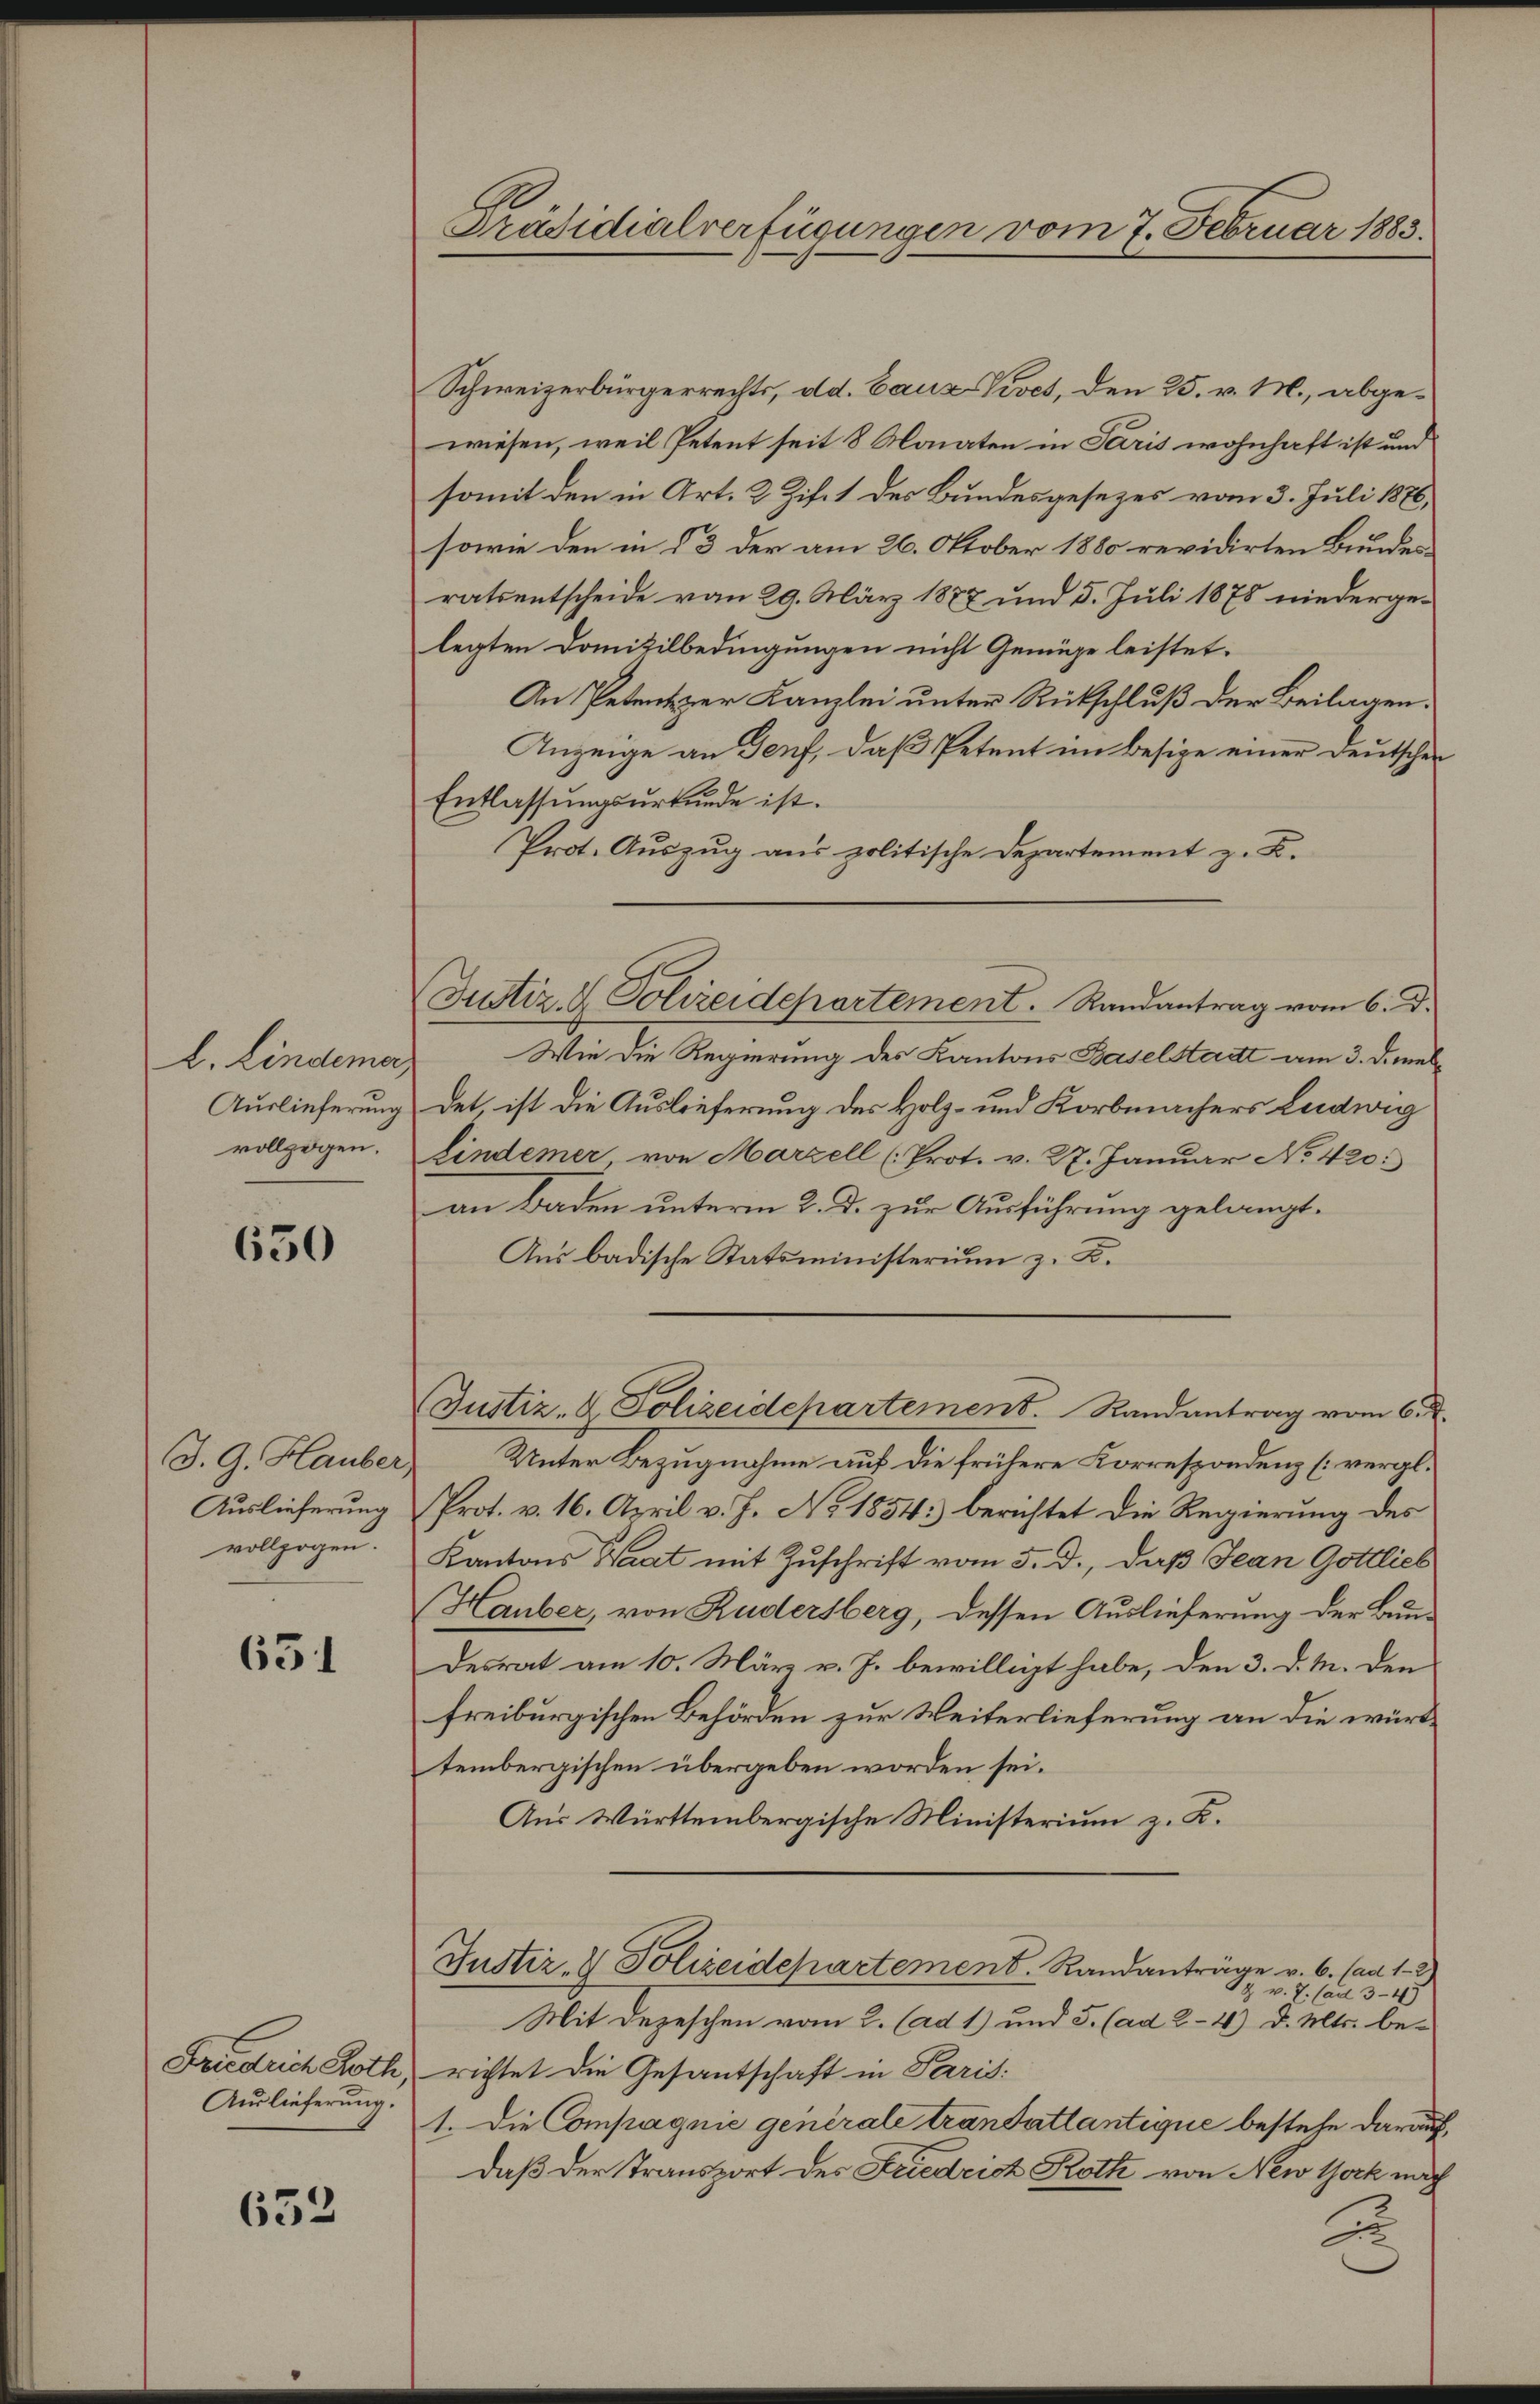
b. Lindema,
Auslieferung
vollzogen.

650

J. G. Hauber,
Auslieferung
vollzogen.

631

Friedrich Roth
Auslieferung.

632

Präsidialverfügungen vom 7. Februar 1883.

Schweizerbürgerrechts, dd. Bauz-Kivet, den 25. v. M., abgewiesen, weil Petent seit 8 Monaten in Paris wohnhaft ist und
somit den in Art. 2 Zif. 1 des Bundesgesezes vom 3. Juli 1876,
sowie den in § 3 der am 26. Oktober 1880 revidirten Bundesratsentscheide vom 29. März 1887 und 5. Juli 1878 niedergelegten Domizilbedingungen nicht Genüge leistet.
An Petentzer Kanzlei unter Rückschluß der Beilagen:
Anzeige an Genf, daß Petent im besige einer Deutscher
Entlassŭngsurkunde ist.
Prot. Auszug aus politische Departement z. B.
Wie die Regierung des Kantons Baselstadt am 3. Demeldet ist die Auslieferung des Holz- und Korbmachers Ludwig
lindemer von Marzell (Prot. v. 27. Januar No 420.
an Baden unterm 2. d. zur Ausführung gelangt.
Aus badische Statsministerium z. B.
Justiz- & Polizeidchartement. Randantrag vom 6.
Unter Bezugnahme auf die frühere Korrespondenz [vergl.
Prot. v. 16. April v. J. No. 1854: berichtet die Regierung des
Kantons Waat mit Zuschrift vom 5. d., daß Jean Gottlieb
Hauber, von Rudersberg, dessen Auslieferung der Bun
desrat am 10. März v. J. bewilligt habe, den 3. d. M. den
freiburgischen Behörden zur Weiterlieferung an die württembergischen übergeben worden sei.
Aus Württembergische Ministerium z. R.
Justiz- & Polizeidepartement. Randanträge v. 6. (ad 1. 2.
g v. 7. (ad 3-4
Mit Depeschen vom 2. (ad 1) und 5. (ad 2-4) d. Mts. be¬

Justiz- & Polizeidepartement. Randantrag vom 6. d.

richtet die Gesantschaft in Paris
1. Die Compagnie generale trandatlantique bestehe darauf,
daß der Transport des Friedrich Roth von New York nach

A